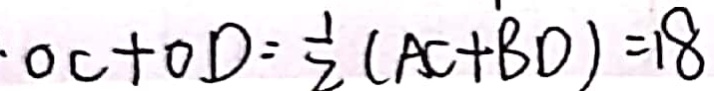
\cdot O C + O D = \frac { 1 } { 2 } ( A C + B D ) = 1 8